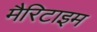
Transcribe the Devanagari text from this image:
मैरिटाइम